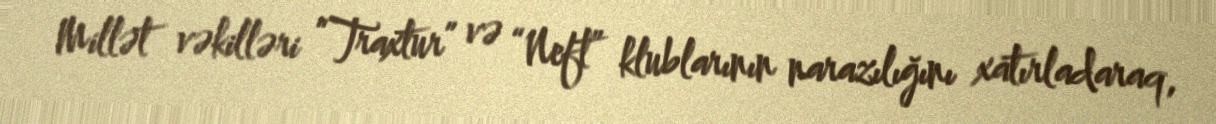
Millət vəkilləri “Traxtur” və “Neft” klublarının narazılığını xatırladaraq,